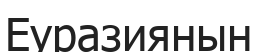
Еуразиянын